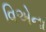
વિએના